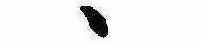
ゝ